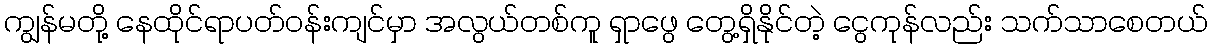
ကျွန်မတို့ နေထိုင်ရာပတ်ဝန်းကျင်မှာ အလွယ်တစ်ကူ ရှာဖွေ တွေ့ရှိနိုင်တဲ့ ငွေကုန်လည်း သက်သာစေတယ်